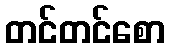
တင်တင်စော